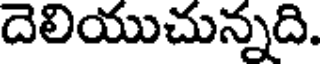
దెలియుచున్నది.